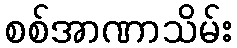
စစ်အာဏာသိမ်း